Annual report on the mental hospital in the Central Provinces and Berar (Nagpur) - 1927-1951
Year: 1927
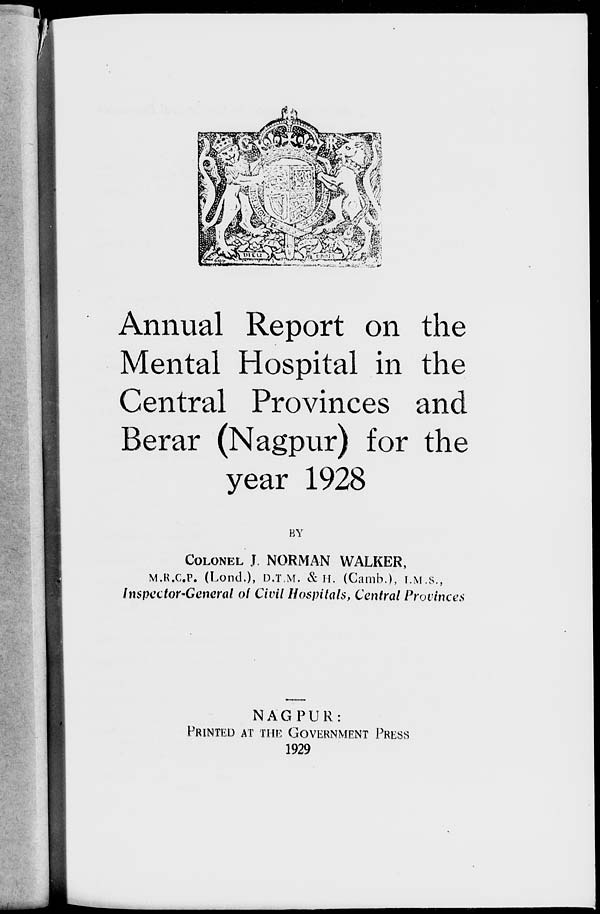
Annual Report on the
Mental Hospital in the
Central Provinces and
Berar (Nagpur) for the
year 1928
BY
COLONEL J. NORMAN WALKER,
M.R.C.P. (Lond.), D.T.M. & H. (Camb.), I.M.S.,
Inspector-General of Civil Hospitals, Central Provinces
NAGPUR:
PRINTED AT THE GOVERNEMNT PRESS
1929